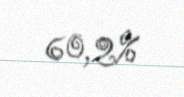
60,2%